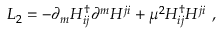
{ \cal L } _ { 2 } = - \partial _ { m } H _ { i j } ^ { \dag } \partial ^ { m } H ^ { j i } + \mu ^ { 2 } H _ { i j } ^ { \dag } H ^ { j i } \ ,